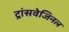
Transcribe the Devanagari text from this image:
ट्रांसवेजिनल